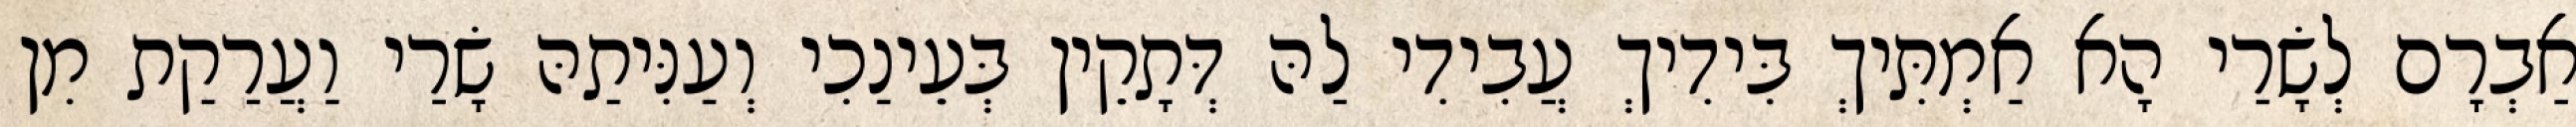
אַבְרָם לְשָׂרַי הָא אַמְתִּיךְ בִּידִיךְ עֲבִידִי לַהּ דְּתָקֵין בְּעֵינַכִי וְעַנִּיתַהּ שָׂרַי וַעֲרַקַת מִן